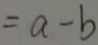
= a - b